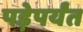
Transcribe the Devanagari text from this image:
पड़ेपर्यंत